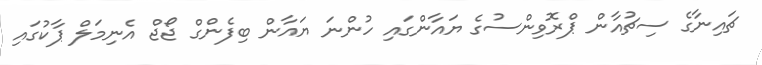
ޗައިނާގެ ސިޗުއާން ޕްރޮވިންސުގެ ޔައާންގައި ހުންނަ ޔައާން ބިފެންގް ޖޯޖް އެނިމަލް ޕާކުގައި